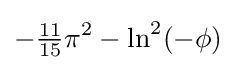
-{\tfrac {11}{15}}\pi ^{2}-\ln ^{2}(-\phi )